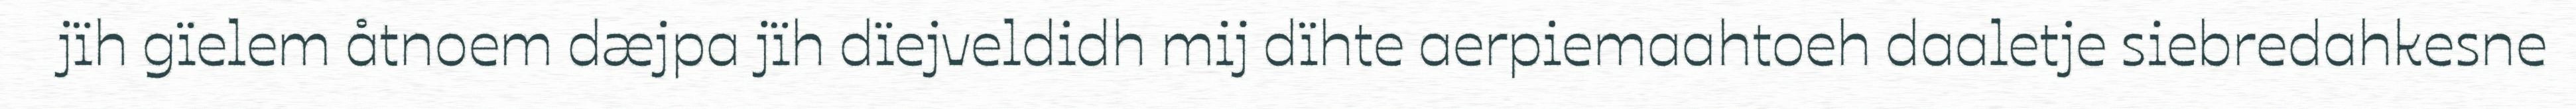
jïh gïelem åtnoem dæjpa jïh dïejveldidh mij dïhte aerpiemaahtoeh daaletje siebredahkesne